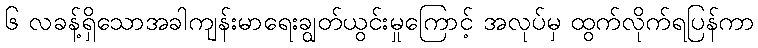
၆ လခန့်ရှိသောအခါကျန်းမာရေးချွတ်ယွင်းမှုကြောင့် အလုပ်မှ ထွက်လိုက်ရပြန်ကာ